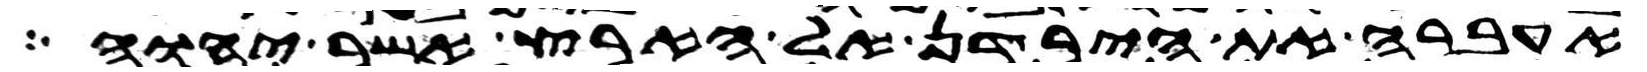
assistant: אעברה את הירדן אל הארץ אשר יהוה